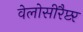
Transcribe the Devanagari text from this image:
वेलोसीरैप्टर